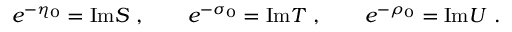
e ^ { - \eta _ { 0 } } = \mathrm { I m } S \ , \qquad e ^ { - \sigma _ { 0 } } = \mathrm { I m } T \ , \qquad e ^ { - \rho _ { 0 } } = \mathrm { I m } U \ .